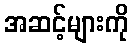
အဆင့်များကို